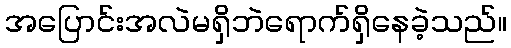
အပြောင်းအလဲမရှိဘဲရောက်ရှိနေခဲ့သည်။